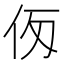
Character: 𠇢